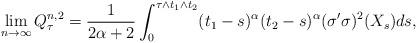
LaTeX: \begin{align*} \lim_{n\rightarrow \infty} Q^{n,2} _\tau= \frac 1{2\alpha+2} \int_0^{ \tau\wedge t_1 \wedge t_2} (t_1- s)^{\alpha} (t_2-s)^\alpha (\sigma' \sigma)^2 ( X_s) ds, \end{align*}